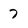
Character: 7